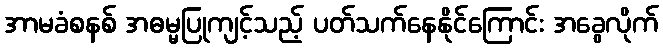
အာမခံစနစ် အဓမ္မပြုကျင့်သည့် ပတ်သက်နေနိုင်ကြောင်း အခွေလိုက်